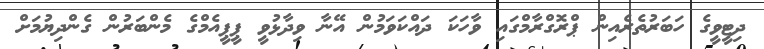
ދިޓީވީގެ ހަބަރުތެރެއިން ޕްރޮގްރާމްގައި ވާހަކަ ދައްކަވަމުން އޭނާ ވިދާޅުވީ ޕީޕީއެމްގެ މެންބަރުން ގެންދިޔުމަށް